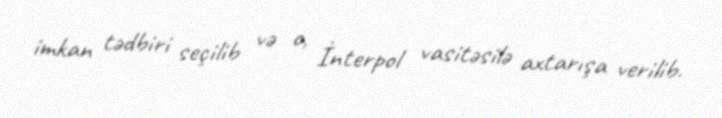
imkan tədbiri seçilib və o, İnterpol vasitəsilə axtarışa verilib.